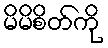
မိမိစိတ်ကို